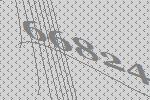
66824